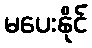
မပေးနိုင်